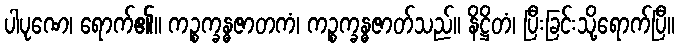
ပါပုဏေ၊ ရောက်၏။ ကဉ္စက္ခန္ဓဇာတကံ၊ ကဉ္စက္ခန္ဓဇာတ်သည်။ နိဋ္ဌိတံ၊ ပြီးခြင်းသို့ရောက်ပြီ။